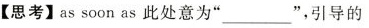
【思考】as soon as此处意为"___",引导的